Plague in India, 1896, 1897 - Volume 3
Year: 1896
Disease focus: Plague
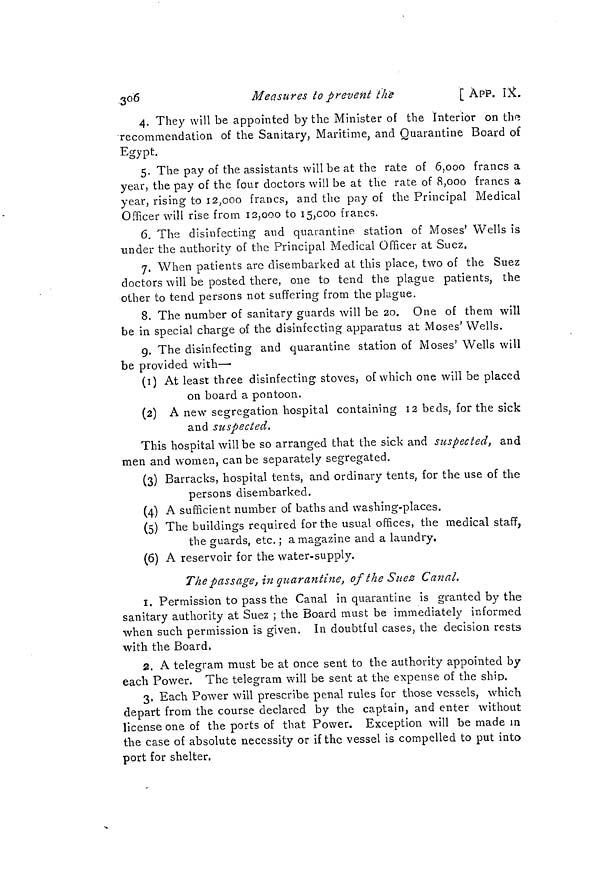
306
Measures to prevent the
[ APP. IX.
4. They will be appointed by the Minister of the Interior on the
recommendation of the Sanitary, Maritime, and Quarantine Board of
Egypt.
5. The pay of the assistants will be at the rate of 6,000 francs a
year, the pay of the four doctors will be at the rate of 8,000 francs a
year, rising to 12,000 francs, and the pay of the Principal Medical
Officer will rise from 12,000 to 15,000 francs.
6. The disinfecting and quarantine station of Moses' Wells is
under the authority of the Principal Medical Officer at Suez.
7. When patients are disembarked at this place, two of the Suez
doctors will be posted there, one to tend the plague patients, the
other to tend persons not suffering from the plague.
8. The number of sanitary guards will be 20. One of them will
be in special charge of the disinfecting apparatus at Moses' Wells.
g. The disinfecting and quarantine station of Moses' Wells will
be provided with—
(1) At least three disinfecting stoves, of which one will be placed
on board a pontoon.
(2) A new segregation hospital containing 12 beds, for the sick
and suspected,
This hospital will be so arranged that the sick and suspected, and
men and women, can be separately segregated.
(3) Barracks, hospital tents, and ordinary tents, for the use of the
persons disembarked.
(4) A sufficient number of baths and washing-places.
(5) The buildings required for the usual offices, the medical staff,
the guards, etc. ; a magazine and a laundry.
(6) A reservoir for the water-supply.
The passage, in quarantine, of the Suez Canal,
1. Permission to pass the Canal in quarantine is granted by the
sanitary authority at Suez ; the Board must be immediately informed
when such permission is given. In doubtful cases, the decision rests
with the Board,
2. A telegram must be at once sent to the authority appointed by
each Power. The telegram will be sent at the expense of the ship.
3. Each Power will prescribe penal rules for those vessels, which
depart from the course declared by the captain, and enter without
license one of the ports of that Power. Exception will be made in
the case of absolute necessity or if the vessel is compelled to put into
port for shelter.